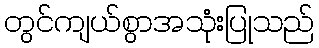
တွင်ကျယ်စွာအသုံးပြုသည်